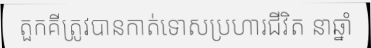
តួកគីត្រូវបានកាត់ទោសប្រហារជីវិត នាឆ្នាំ